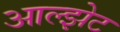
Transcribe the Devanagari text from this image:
आल्झेट